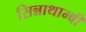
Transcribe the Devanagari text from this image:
सिन्नाथाम्बी